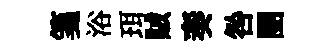
箋浴珥賊奏咎圑